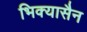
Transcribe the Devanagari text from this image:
भिक्यासैन